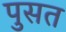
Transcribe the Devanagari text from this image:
पुसत